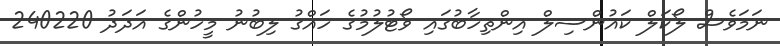
ނަމަވެސް ލޯކަލް ކައުންސިލް އިންތިހާބުގައި ވޯޓުލުމުގެ ހައްގު ލިބުނު މީހުންގެ އަދަދު 240220